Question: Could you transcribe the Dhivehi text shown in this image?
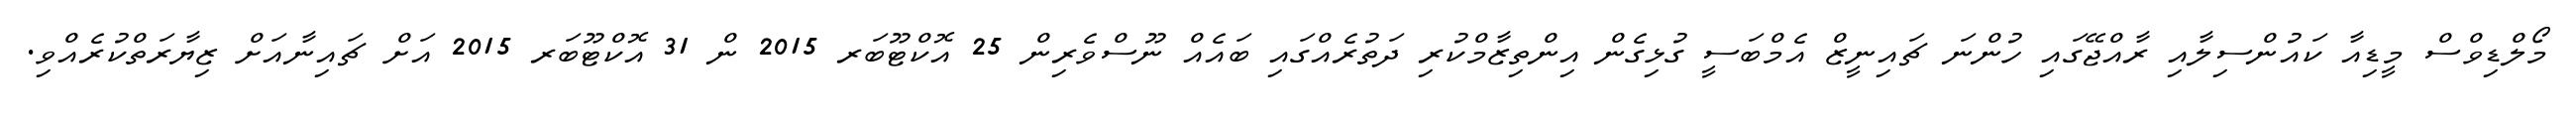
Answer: މޯލްޑިވްސް މީޑިއާ ކައުންސިލާއި ރާއްޖޭގައި ހުންނަ ޗައިނީޒް އެމްބަސީ ގުޅިގެން އިންތިޒާމްކުރި ދަތުރެއްގައި ބައެއް ނޫސްވެރިން 25 އޮކްޓޫބަރ 2015 ން 31 އޮކްޓޫބަރ 2015 އަށް ޗައިނާއަށް ޒިޔާރަތްކުރެއްވި.